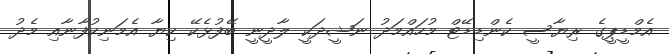
އެމްޑީޕީގެ ރިޔާސީ ކެންޑިޑޭޓް މުހައްމަދު ނަޝީދަކީ ލާދީނީ ބޭފުޅެކޭ ކިޔާ އެމަނިކުފާނާއި މެދު